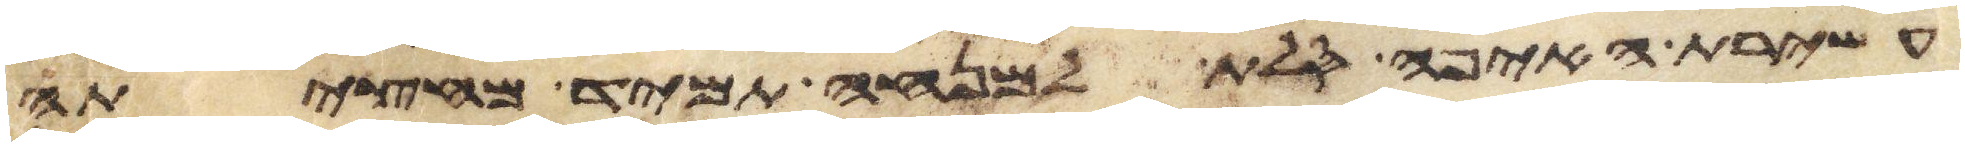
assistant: עשירת האיפה סלת למנחה תמיד מחציתה